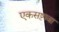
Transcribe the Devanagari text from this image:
एकसष्टावा